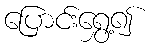
ပြောင်းရွှေ့၍